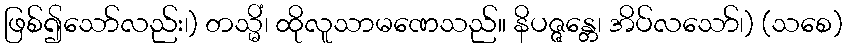
ဖြစ်၍သော်လည်း၊) တသ္မိံ၊ ထိုလူသာမဏေသည်။ နိပဇ္ဇန္တေ၊ အိပ်လသော်၊) (သစေ)